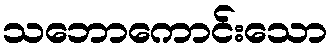
သဘောကောင်းသော